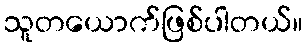
သူတယောက်ဖြစ်ပါတယ်။